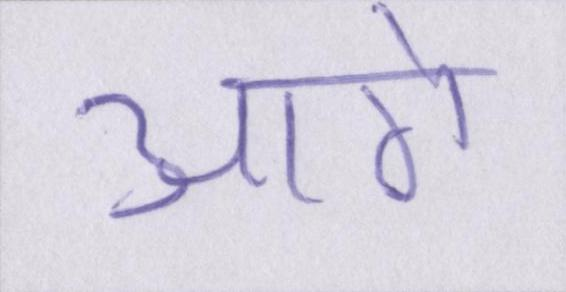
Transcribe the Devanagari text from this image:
आगे